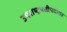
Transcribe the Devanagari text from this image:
उपराष्ट्रपतीपदावर